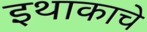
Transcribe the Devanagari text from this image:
इथाकाचे